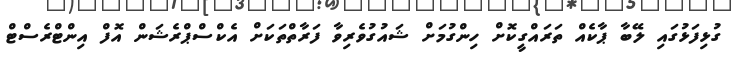
ގުޅިފަޅުގައި ލޭބާ ޕާކެއް ތަރައްގީކޮށް ހިންގުމަށް ޝައުގުވެރިވާ ފަރާތްތަކަށް އެކްސްޕްރެޝަން އޮފް އިންޓްރެސްޓް